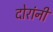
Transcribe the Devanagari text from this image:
दोरांनी